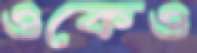
ওকেও